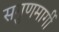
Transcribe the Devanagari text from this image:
सगुणमार्गी